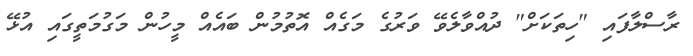
ރާސްލާފައި "ހިތަކަށް" ދުއްވާލެވޭ ވަރުގެ މަގެއް އޮތުމުން ބައެއް މީހުން މަގުމަތީގައި އުޅޭ